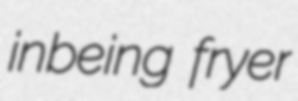
inbeing fryer